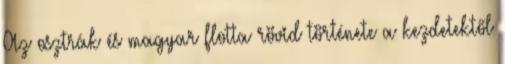
Az osztrák és magyar flotta rövid története a kezdetektől